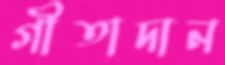
গীতাদান